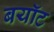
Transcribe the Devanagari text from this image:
बयॉट